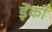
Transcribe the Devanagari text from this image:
ड़ेंको